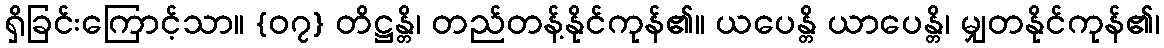
ရှိခြင်းကြောင့်သာ။ {၀၇} တိဋ္ဌန္တိ၊ တည်တန့်နိုင်ကုန်၏။ ယပေန္တိ ယာပေန္တိ၊ မျှတနိုင်ကုန်၏၊